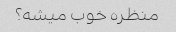
منظره خوب میشه؟